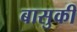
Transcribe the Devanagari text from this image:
बासुकी